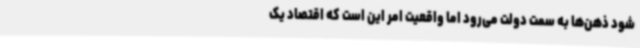
شود ذهن‌ها به سمت دولت می‌رود اما واقعیت امر این است که اقتصاد یک